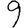
Digit: 9